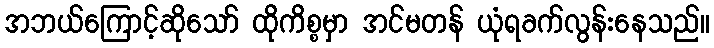
အဘယ်ကြောင့်ဆိုသော် ထိုကိစ္စမှာ အင်မတန် ယုံရခက်လွန်းနေသည်။